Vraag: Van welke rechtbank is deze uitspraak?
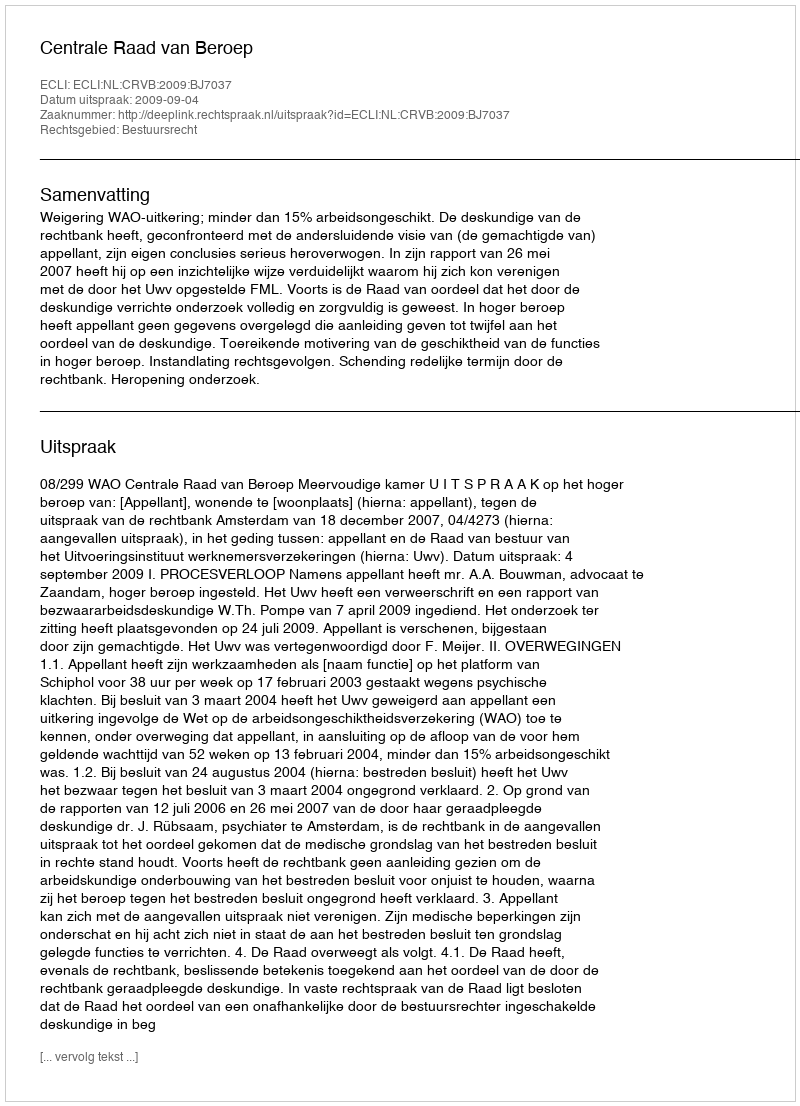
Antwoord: Centrale Raad van Beroep